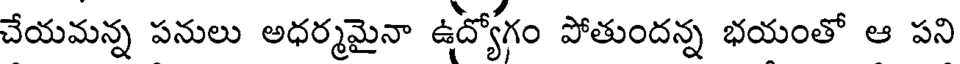
చేయమన్న పనులు అధర్మమైనా ఉద్యోగం పోతుందన్న భయంతో ఆ పని